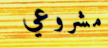
مشروعي